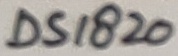
Text: DS1820